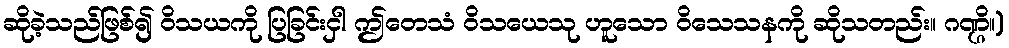
ဆိုခဲ့သည်ဖြစ်၍ ဝိသယကို ပြခြင်းငှါ ဤတေသံ ဝိသယေသု ဟူသော ဝိသေသနကို ဆိုသတည်း။ ဂဏ္ဌိ။)